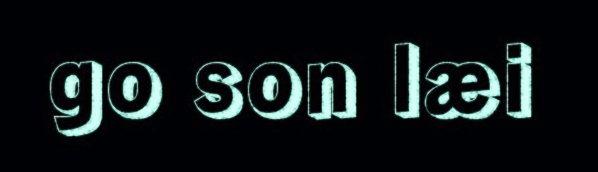
go son læi